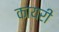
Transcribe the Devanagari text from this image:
कायरी